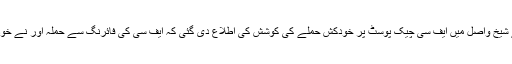
2 فروری کو ضلع مستونگ کے علاقے شیخ واصل میں ایف سی چیک پوسٹ پر خودکش حملے کی کوشش کی اطلاع دی گئی کہ ایف سی کی فائرنگ سے حملہ آور نے خود کو اُڑادیا اور دو اہلکار زخمی ہو گئے۔